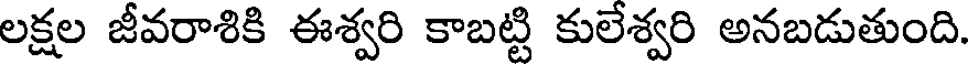
లక్షల జీవరాశికి ఈశ్వరి కాబట్టి కులేశ్వరి అనబడుతుంది.